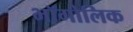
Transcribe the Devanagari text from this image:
भॉगोलिक